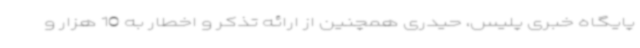
پایگاه خبری پلیس، حیدری همچنین از ارائه تذکر و اخطار به 10 هزار و